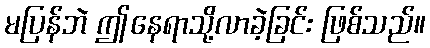
မပြန်ဘဲ ဤနေရာသို့လာခဲ့ခြင်း ဖြစ်သည်။